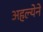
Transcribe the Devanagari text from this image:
अहल्येने